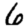
Digit: 6